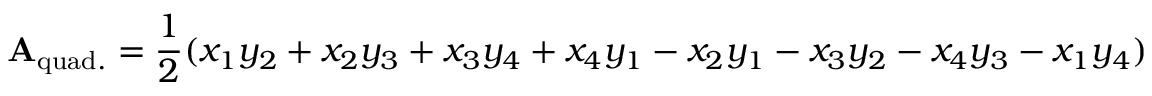
\mathbf { A } _ { \mathrm { q u a d . } } = { \frac { 1 } { 2 } } ( x _ { 1 } y _ { 2 } + x _ { 2 } y _ { 3 } + x _ { 3 } y _ { 4 } + x _ { 4 } y _ { 1 } - x _ { 2 } y _ { 1 } - x _ { 3 } y _ { 2 } - x _ { 4 } y _ { 3 } - x _ { 1 } y _ { 4 } )